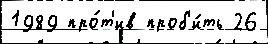
1989 про́т'ив проб'и́ть 26